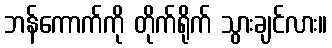
ဘန်ကောက်ကို တိုက်ရိုက် သွားချင်လား။